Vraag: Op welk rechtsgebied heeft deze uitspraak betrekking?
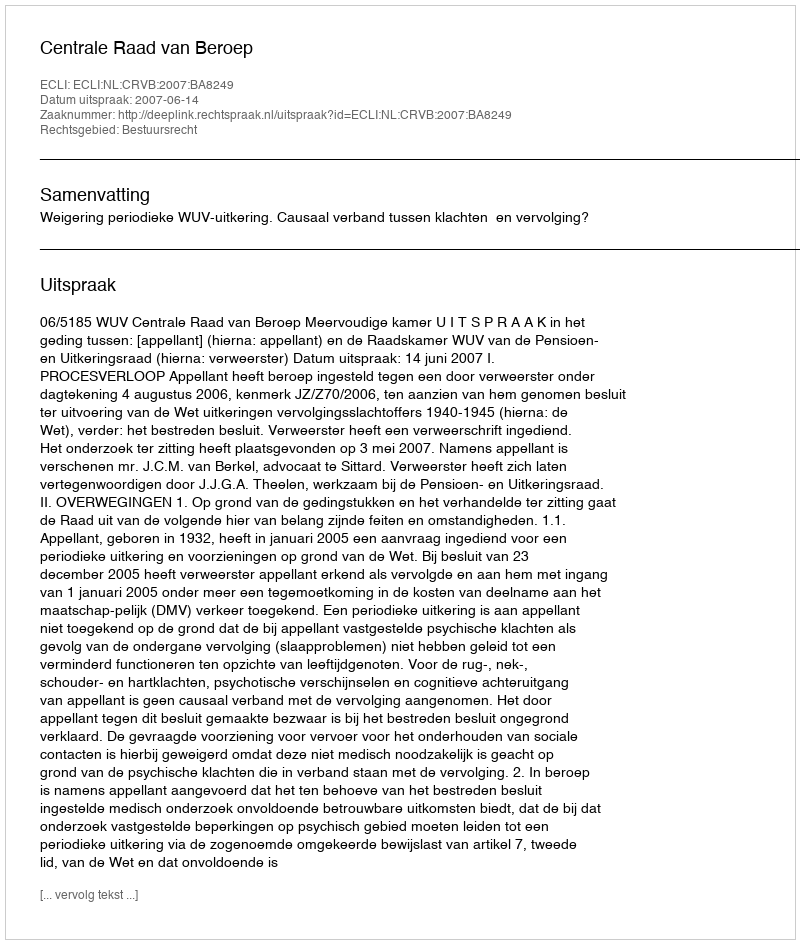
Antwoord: Bestuursrecht